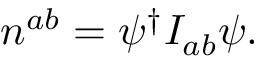
n ^ { a b } = \psi ^ { \dagger } I _ { a b } \psi .